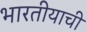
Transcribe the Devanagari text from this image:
भारतीयाची